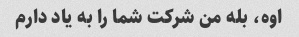
اوه، بله من شرکت شما را به یاد دارم